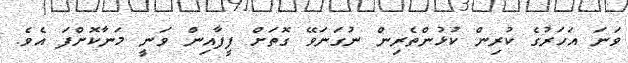
ވަނަ އަހަރުގެ ކުރިން ކުޅުންތެރިން ނުގަނަވޭ ގޮތަށް ފީފާއިން ވަނީ މަނާކޮށްފަ އެވެ.